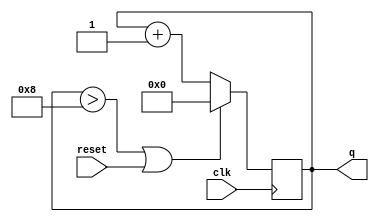
module top_module (
    input clk,
    input reset,      // Synchronous active-high reset
    output [3:0] q
);
    
    always @(posedge clk) begin
        if (q > 4'h8 || reset == 1'b1) begin
            q <= 4'h0;
        end
        else begin
            q <= q + 4'h1;
        end
    end

endmodule